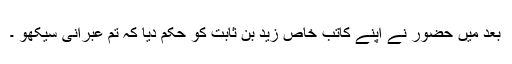
بعد میں حضور نے اپنے کاتبِ خاص زید بن ثابتؓ کو حکم دیا کہ تم عبرانی سیکھو ۔